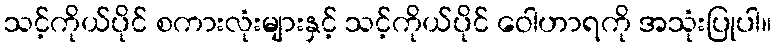
သင့်ကိုယ်ပိုင် စကားလုံးများနှင့် သင့်ကိုယ်ပိုင် ဝေါဟာရကို အသုံးပြုပါ။